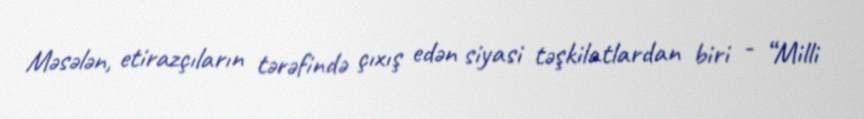
Məsələn, etirazçıların tərəfində çıxış edən siyasi təşkilatlardan biri - “Milli